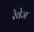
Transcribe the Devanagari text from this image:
रेवेज